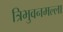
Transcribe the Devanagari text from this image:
त्रिभुवनमल्‍ला